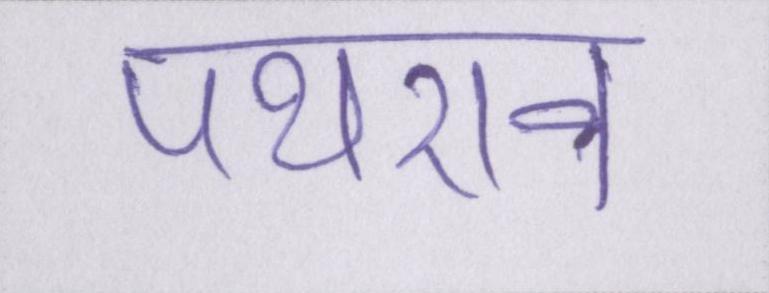
पथराव